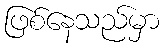
ဖြစ်နေသည်မှာ